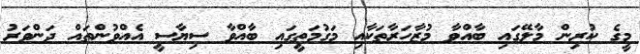
މީގެ ކުރިން މާލޭގައި ބާއްވާ މުޒާހަރާތަކާއި މަގުމަތީގައި ބާއްވާ ސިޔާސީ އެއްވުންތައް ދަންވަރު